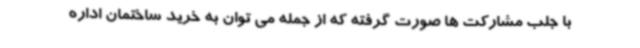
با جلب مشارکت ها صورت گرفته که از جمله می توان به خرید ساختمان اداره